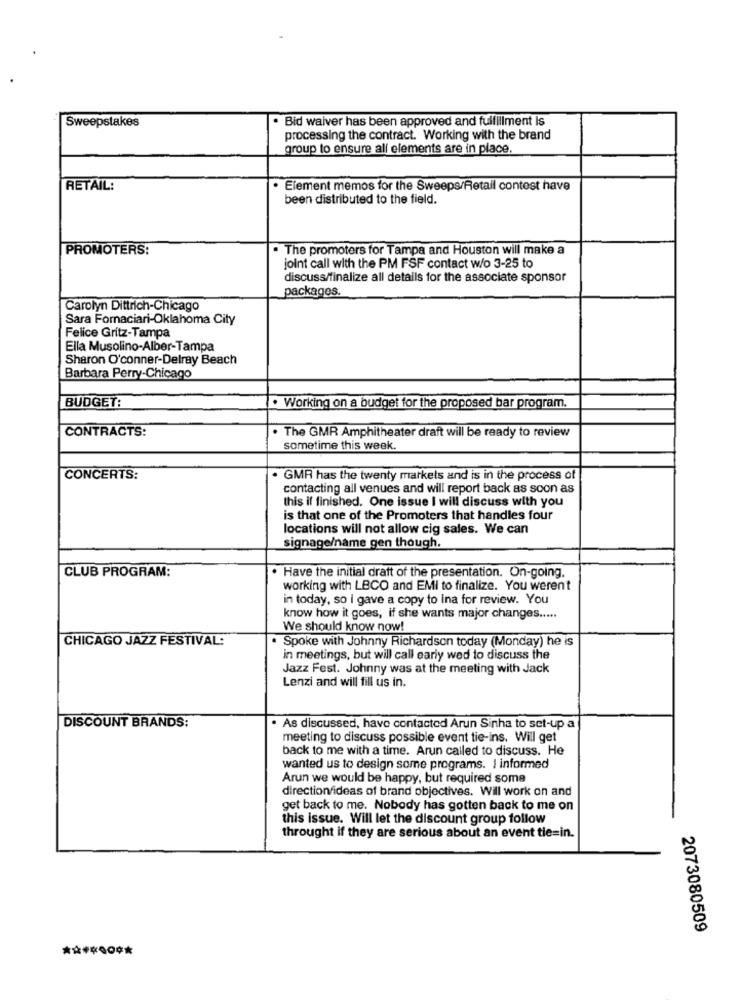
Sweepstakes
· Bid waiver has been approved and fulfillment is
processing the contract. Working with the brand
group to ensure all elements are in place.
RETAIL:
Element memos for the Sweeps/Retail contest have
been distributed to the field.
PROMOTERS:
. The promoters for Tampa and Houston will make a
joint call with the PM FSF contact w/o 3-25 to
discuss/finalize all details for the associate sponsor
packages.
Carolyn Dittrich-Chicago
Sara Fornaciari-Oklahoma City
Felice Gritz-Tampa
Ella Musolino-Alber-Tampa
Sharon O'conner-Delray Beach
Barbara Perry-Chicago
BUDGET:
. Working on a budget for the proposed bar program.
CONTRACTS:
. The GMR Amphitheater draft will be ready to review
sometime this week.
CONCERTS:
. GMR has the twenty markets and is in the process of
contacting all venues and will report back as soon as
this if finished. One issue I will discuss with you
is that one of the Promoters that handles four
locations will not allow cig sales. We can
signage/name gen though.
CLUB PROGRAM:
. Have the initial draft of the presentation. On-going.
working with LBCO and EMI to finalize. You weren't
in today, so i gave a copy to ina for review. You
know how it goes, if she wants major changes .....
We should know now!
CHICAGO JAZZ FESTIVAL:
. Spoke with Johnny Richardson today (Monday) he is
in meetings, but will call early wed to discuss the
Jazz Fest. Johnny was at the meeting with Jack
Lenzi and will fill us in.
DISCOUNT BRANDS:
. As discussed, have contacted Arun Sinha to set-up a
meeting to discuss possible event tie-ins. Will get
back to me with a time. Arun called to discuss. He
wanted us to design some programs. I informed
Arun we would be happy, but required some
directionfideas of brand objectives. Will work on and
get back to me. Nobody has gotten back to me on
this issue. Will let the discount group follow
throught if they are serious about an event tie=in.
2073080509
**** 00 **